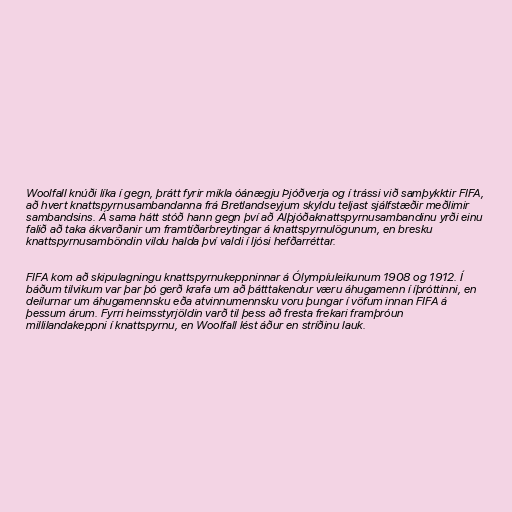
Woolfall knúði líka í gegn, þrátt fyrir mikla óánægju Þjóðverja og í trássi við samþykktir FIFA,
að hvert knattspyrnusambandanna frá Bretlandseyjum skyldu teljast sjálfstæðir meðlimir
sambandsins. Á sama hátt stóð hann gegn því að Alþjóðaknattspyrnusambandinu yrði einu
falið að taka ákvarðanir um framtíðarbreytingar á knattspyrnulögunum, en bresku
knattspyrnusamböndin vildu halda því valdi í ljósi hefðarréttar.

FIFA kom að skipulagningu knattspyrnukeppninnar á Ólympíuleikunum 1908 og 1912. Í
báðum tilvikum var þar þó gerð krafa um að þátttakendur væru áhugamenn í íþróttinni, en
deilurnar um áhugamennsku eða atvinnumennsku voru þungar í vöfum innan FIFA á
þessum árum. Fyrri heimsstyrjöldin varð til þess að fresta frekari framþróun
millilandakeppni í knattspyrnu, en Woolfall lést áður en stríðinu lauk.